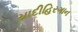
યાદીહિરગાન